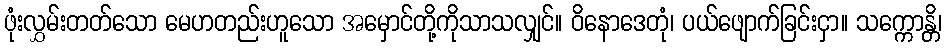
ဖုံးလွှမ်းတတ်သော မေဟတည်းဟူသော အမှောင်တို့ကိုသာသလျှင်။ ဝိနောဒေတုံ၊ ပယ်ဖျောက်ခြင်းငှာ။ သက္ကောန္တိ၊